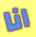
انا